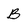
Character: B